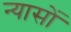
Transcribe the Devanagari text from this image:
न्‍यासों